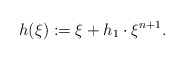
\begin{align*}h(\xi):=\xi+h_1\cdot\xi^{n+1}. \end{align*}